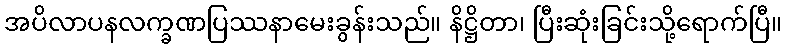
အပိလာပနလက္ခဏပြဿနာမေးခွန်းသည်။ နိဋ္ဌိတာ၊ ပြီးဆုံးခြင်းသို့ရောက်ပြီ။